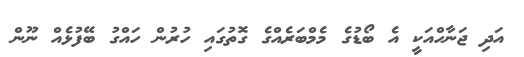
އަދި ޖަނާހްއަކީ އެ ބޯޑުގެ މެމްބަރެއްގެ ގޮތުގައި ހުރުން ހައްގު ބޭފުޅެއް ނޫން